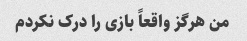
من هرگز واقعاً بازی را درک نکردم